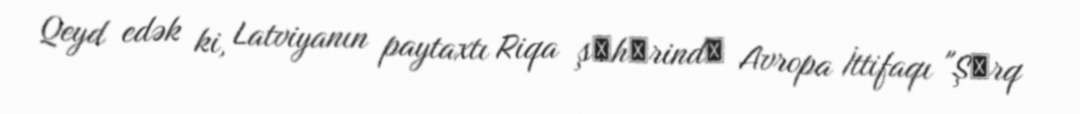
Qeyd edək ki, Latviyanın paytaxtı Riqa şәhәrindә Avropa İttifaqı "Şәrq